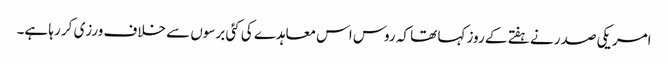
امریکی صدر نے ہفتے کے روز کہا تھا کہ روس اس معاہدے کی کئی برسوں سے خلاف ورزی کر رہا ہے۔